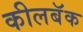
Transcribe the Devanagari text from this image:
कीलबॅक